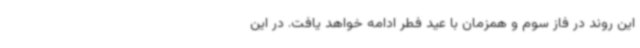
این روند در فاز سوم و همزمان با عید فطر ادامه خواهد یافت. در این